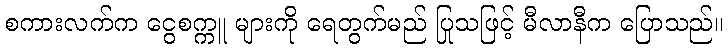
စကားလက်က ငွေစက္ကူ များကို ရေတွက်မည် ပြုသဖြင့် မီလာနီက ပြောသည်။